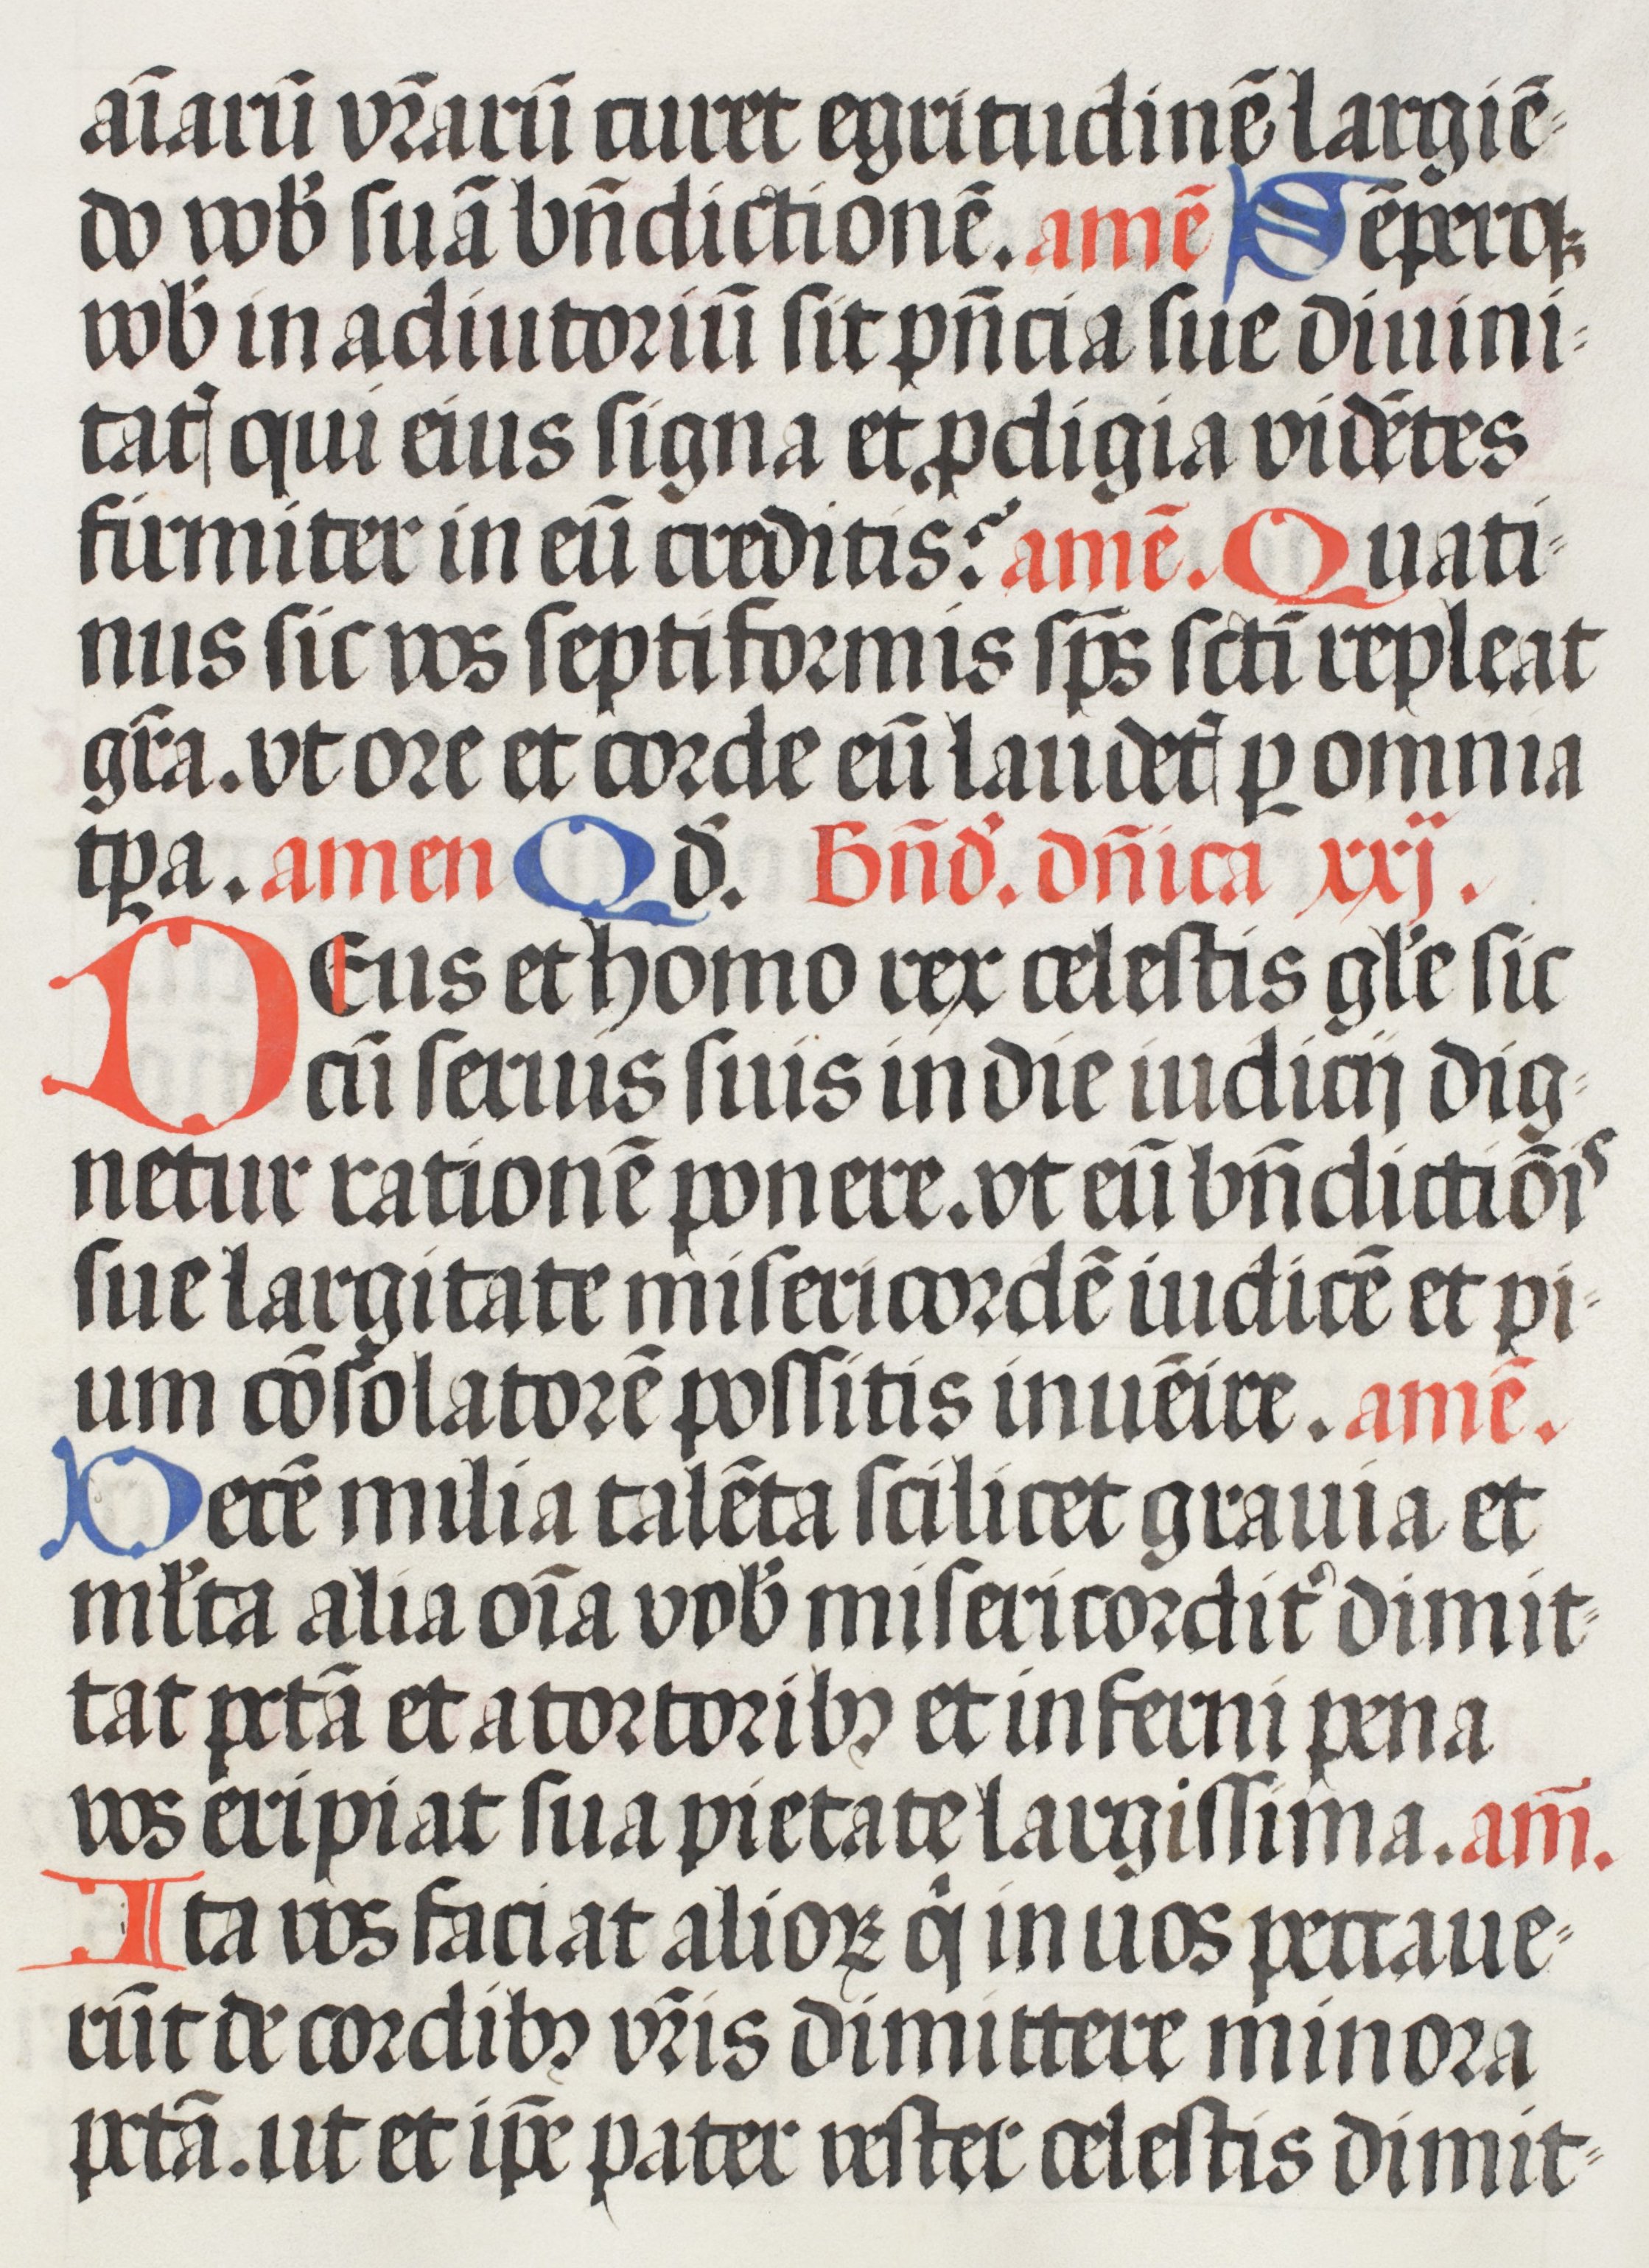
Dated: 1508–1508